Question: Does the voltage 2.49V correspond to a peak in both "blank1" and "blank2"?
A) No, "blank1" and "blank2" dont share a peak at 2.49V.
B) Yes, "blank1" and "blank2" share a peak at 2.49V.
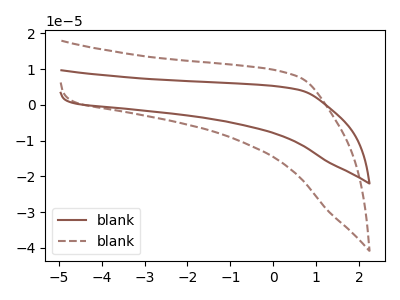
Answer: <think>The brown curve "blank1" has no peaks. The brown dashed curve "blank2" has no peaks.</think>
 <answer>A) No, "blank1" and "blank2" dont share a peak at 2.49V.</answer>
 <eval>A</eval>